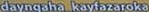
dayngaha_kayfazaroka